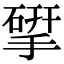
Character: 揅